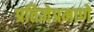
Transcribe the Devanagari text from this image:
प्रतिज्ञेप्रमाणे